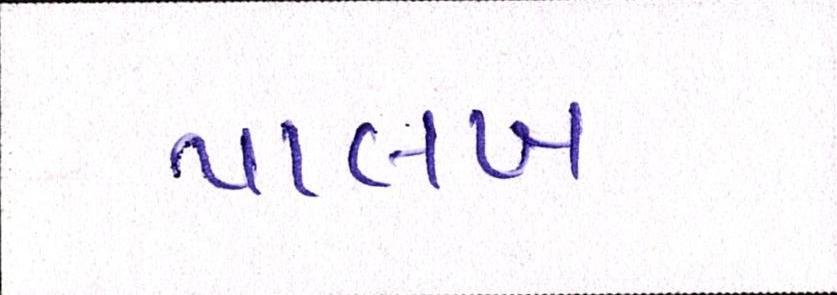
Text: પાલખ